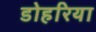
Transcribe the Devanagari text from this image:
डोहरिया